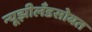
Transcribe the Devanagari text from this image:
न्यूझीलँडसोबत